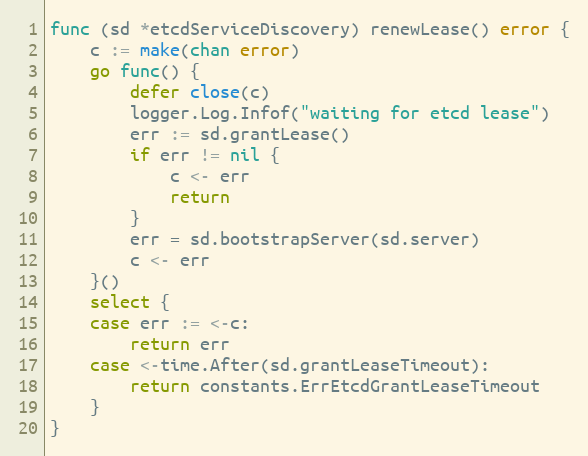
Language: Go
func (sd *etcdServiceDiscovery) renewLease() error {
	c := make(chan error)
	go func() {
		defer close(c)
		logger.Log.Infof("waiting for etcd lease")
		err := sd.grantLease()
		if err != nil {
			c <- err
			return
		}
		err = sd.bootstrapServer(sd.server)
		c <- err
	}()
	select {
	case err := <-c:
		return err
	case <-time.After(sd.grantLeaseTimeout):
		return constants.ErrEtcdGrantLeaseTimeout
	}
}